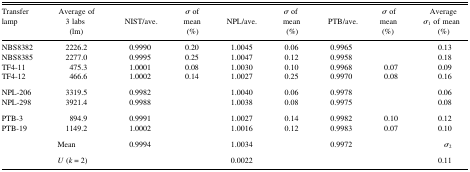
<table><thead><tr><td><b>Transfer lamp</b></td><td><b>Average of 3 labs (lm)</b></td><td><b>NIST/ave.</b></td><td><b><i>σ</i> of mean (%)</b></td><td><b>NPL/ave.</b></td><td><b><i>σ</i> of mean (%)</b></td><td><b>PTB/ave.</b></td><td><b><i>σ</i> of mean (%)</b></td><td><b>Average <i>σ</i><sub>1</sub> of mean (%)</b></td></tr></thead><tbody><tr><td>NBS8382</td><td>2226.2</td><td>0.9990</td><td>0.20</td><td>1.0045</td><td>0.06</td><td>0.9965</td><td></td><td>0.13</td></tr><tr><td>NBS8385</td><td>2277.0</td><td>0.9995</td><td>0.25</td><td>1.0047</td><td>0.12</td><td>0.9958</td><td></td><td>0.18</td></tr><tr><td>TF4-11</td><td>475.3</td><td>1.0001</td><td>0.08</td><td>1.0030</td><td>0.10</td><td>0.9968</td><td>0.07</td><td>0.09</td></tr><tr><td>TF4-12</td><td>466.6</td><td>1.0002</td><td>0.14</td><td>1.0027</td><td>0.25</td><td>0.9970</td><td>0.08</td><td>0.16</td></tr><tr><td>NPL-206</td><td>3319.5</td><td>0.9982</td><td></td><td>1.0040</td><td>0.06</td><td>0.9978</td><td></td><td>0.06</td></tr><tr><td>NPL-298</td><td>3921.4</td><td>0.9988</td><td></td><td>1.0038</td><td>0.08</td><td>0.9975</td><td></td><td>0.08</td></tr><tr><td>PTB-3</td><td>894.9</td><td>0.9991</td><td></td><td>1.0027</td><td>0.14</td><td>0.9982</td><td>0.10</td><td>0.12</td></tr><tr><td>PTB-19</td><td>1149.2</td><td>1.0002</td><td></td><td>1.0016</td><td>0.12</td><td>0.9983</td><td>0.07</td><td>0.10</td></tr><tr><td></td><td>Mean</td><td>0.9994</td><td></td><td>1.0034</td><td></td><td>0.9972</td><td></td><td><i>σ</i><sub>2</sub></td></tr><tr><td></td><td><i>U</i> (<i>k</i> = 2)</td><td></td><td></td><td>0.0022</td><td></td><td></td><td></td><td>0.11</td></tr></tbody></table>